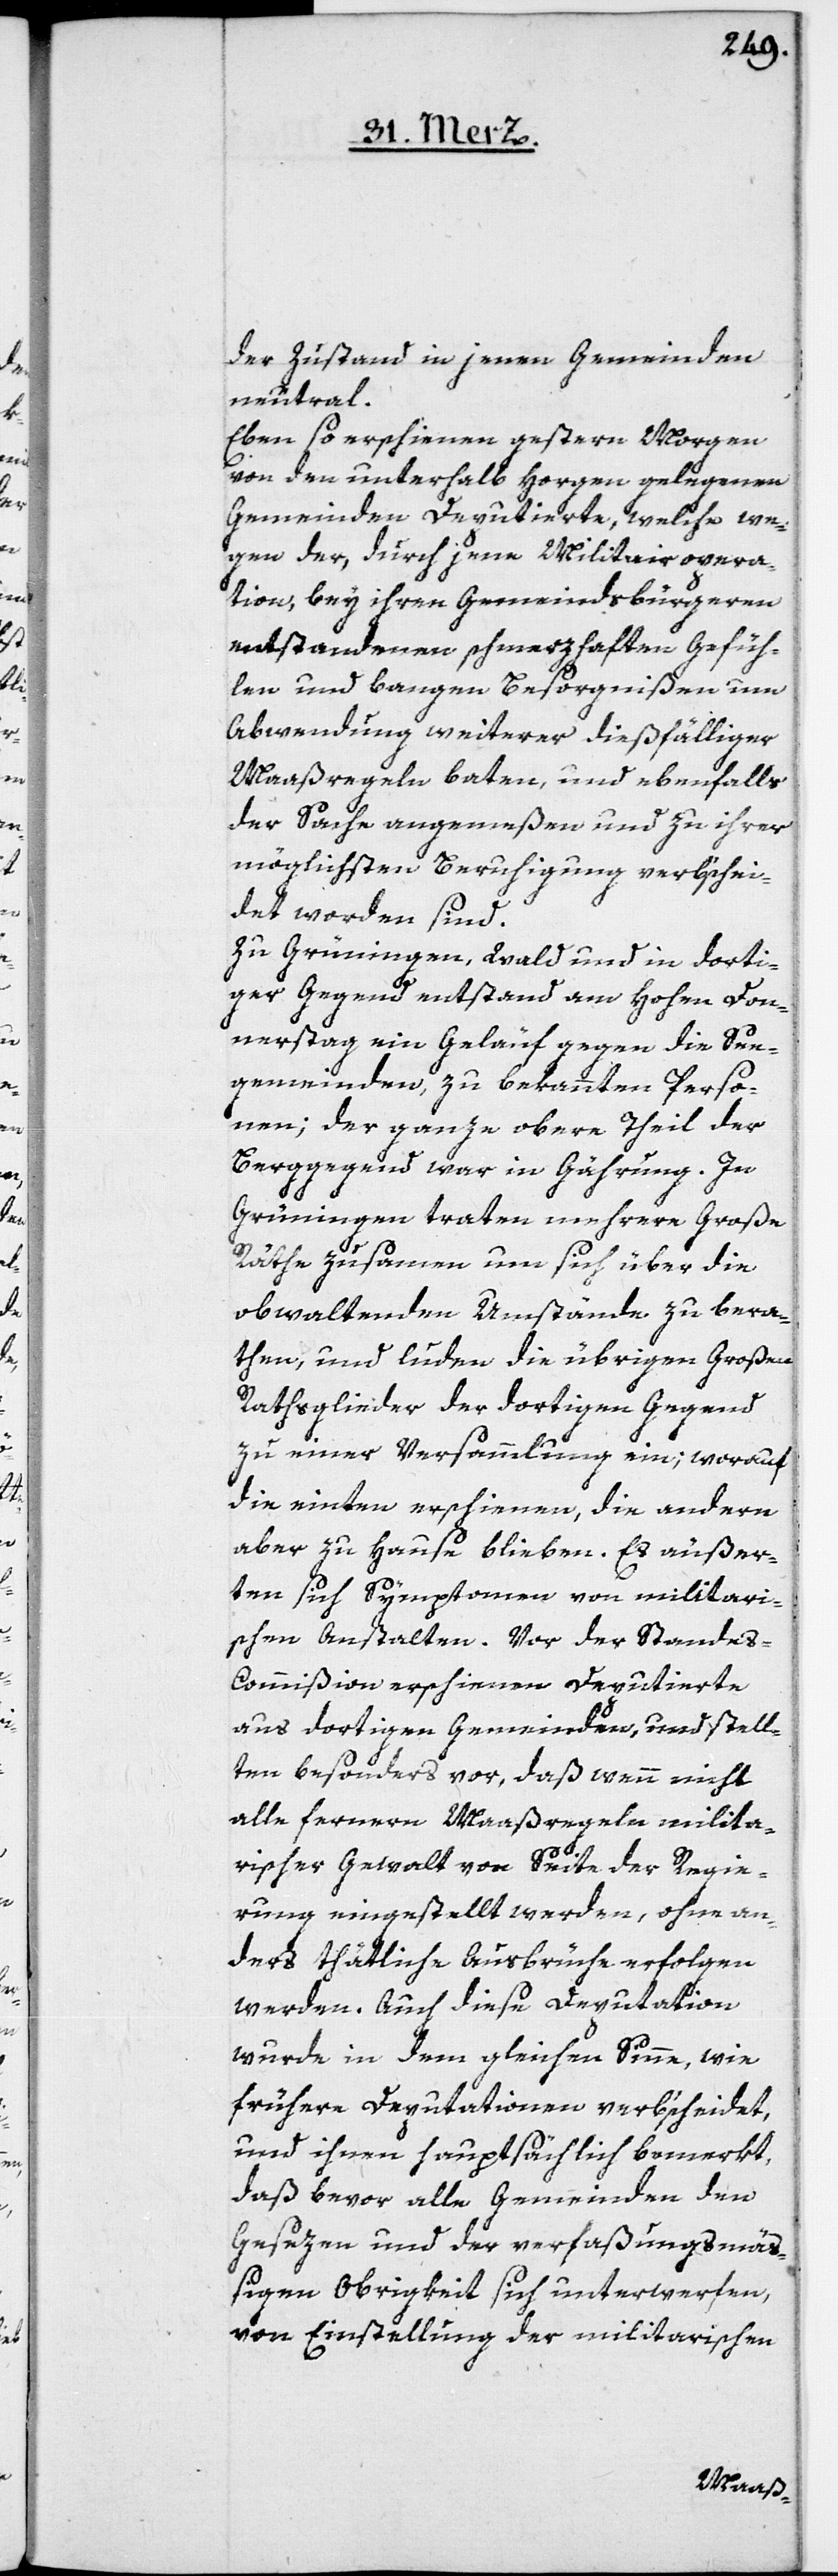
der Zustand in jenen Gemeinden
neutral.
Eben so erschienen gestern Morgen
von den unterhalb Horgen gelegenen
Gemeinden Deputierte, welche we¬
gen der, durch jene Militairopera¬
tion, bey ihren Gemeindsbürgeren
entstandenen schmerzhaften Gefüh¬
len und bangen Bersorgnißen um
Abwendung weiterer dießfälliger
Maaßregeln baten, und ebenfalls
der Sache angemeßen und zu ihrer
möglichsten Beruhigung verbschei¬
det worden sind.
Zu Grüningen, Wald und in dorti¬
ger Gegend entstand am Hohen Don¬
nerstag ein Geläuf gegen die See¬
gemeinden zu bekannten Perso¬
nen; der ganze obere Theil der
Berggegend war in Gährung. In
Grüningen traten mehrere Große
Räthe zusamen um sich über die
obwaltenden Umstände zu bera¬
then und luden die übrigen Großen
Rathsglieder der dortigen Gegend
zu einer Versammlung ein; worauf
die einten erschienen, die andern
aber zu Hause blieben. Es äußer¬
ten sich Symptomen von militari¬
schen Anstalten. Vor der Standes-C¬
ommißion erschienen Deputierte
aus dortigen Gemeinden, und stell¬
ten besonders vor, daß wenn nicht
alle ferneren Maaßregeln milita¬
rischer Gewalt von Seite der Regie¬
rung eingestellt werden, ohne an¬
ders thätliche Ausbrüche erfolgen
werden. Auch diese Deputation
wurde in dem gleichen Sinne, wie
frühere Deputationen verb’scheidet,
und ihnen hauptsächlich bemerkt,
daß bevor alle Gemeinden den
Gesezen und der verfaßungsmäß¬
igen Obrigkeit sich unterwerfen,
von Einstellung der militarischen